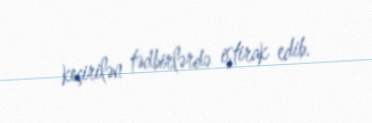
keçirilən tədbirlərdə iştirak edib.